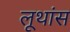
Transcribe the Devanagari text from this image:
लूथांस